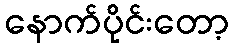
နောက်ပိုင်းတော့